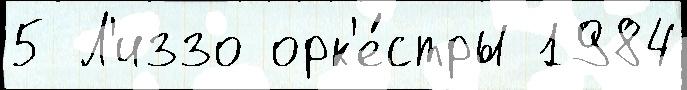
5 Л'иззо орк'е́стры 1984